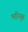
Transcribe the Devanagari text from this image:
मारिनुस